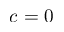
c = 0